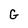
Character: G